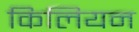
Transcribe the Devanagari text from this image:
किलियन